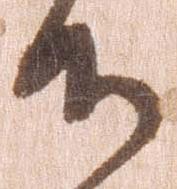
候